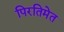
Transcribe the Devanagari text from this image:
पिरतिमेत